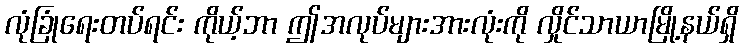
လုံခြုံရေးတပ်ရင်း ကိုယ့်ဘာ ဤအလုပ်များအားလုံးကို လှိုင်သာယာမြို့နယ်ရှိ